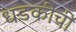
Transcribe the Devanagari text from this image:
धडकीची